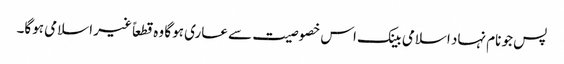
پس جو نام نہاد اسلامی بینک اس خصوصیت سے عاری ہوگا وہ قطعاً غیر اسلامی ہوگا۔